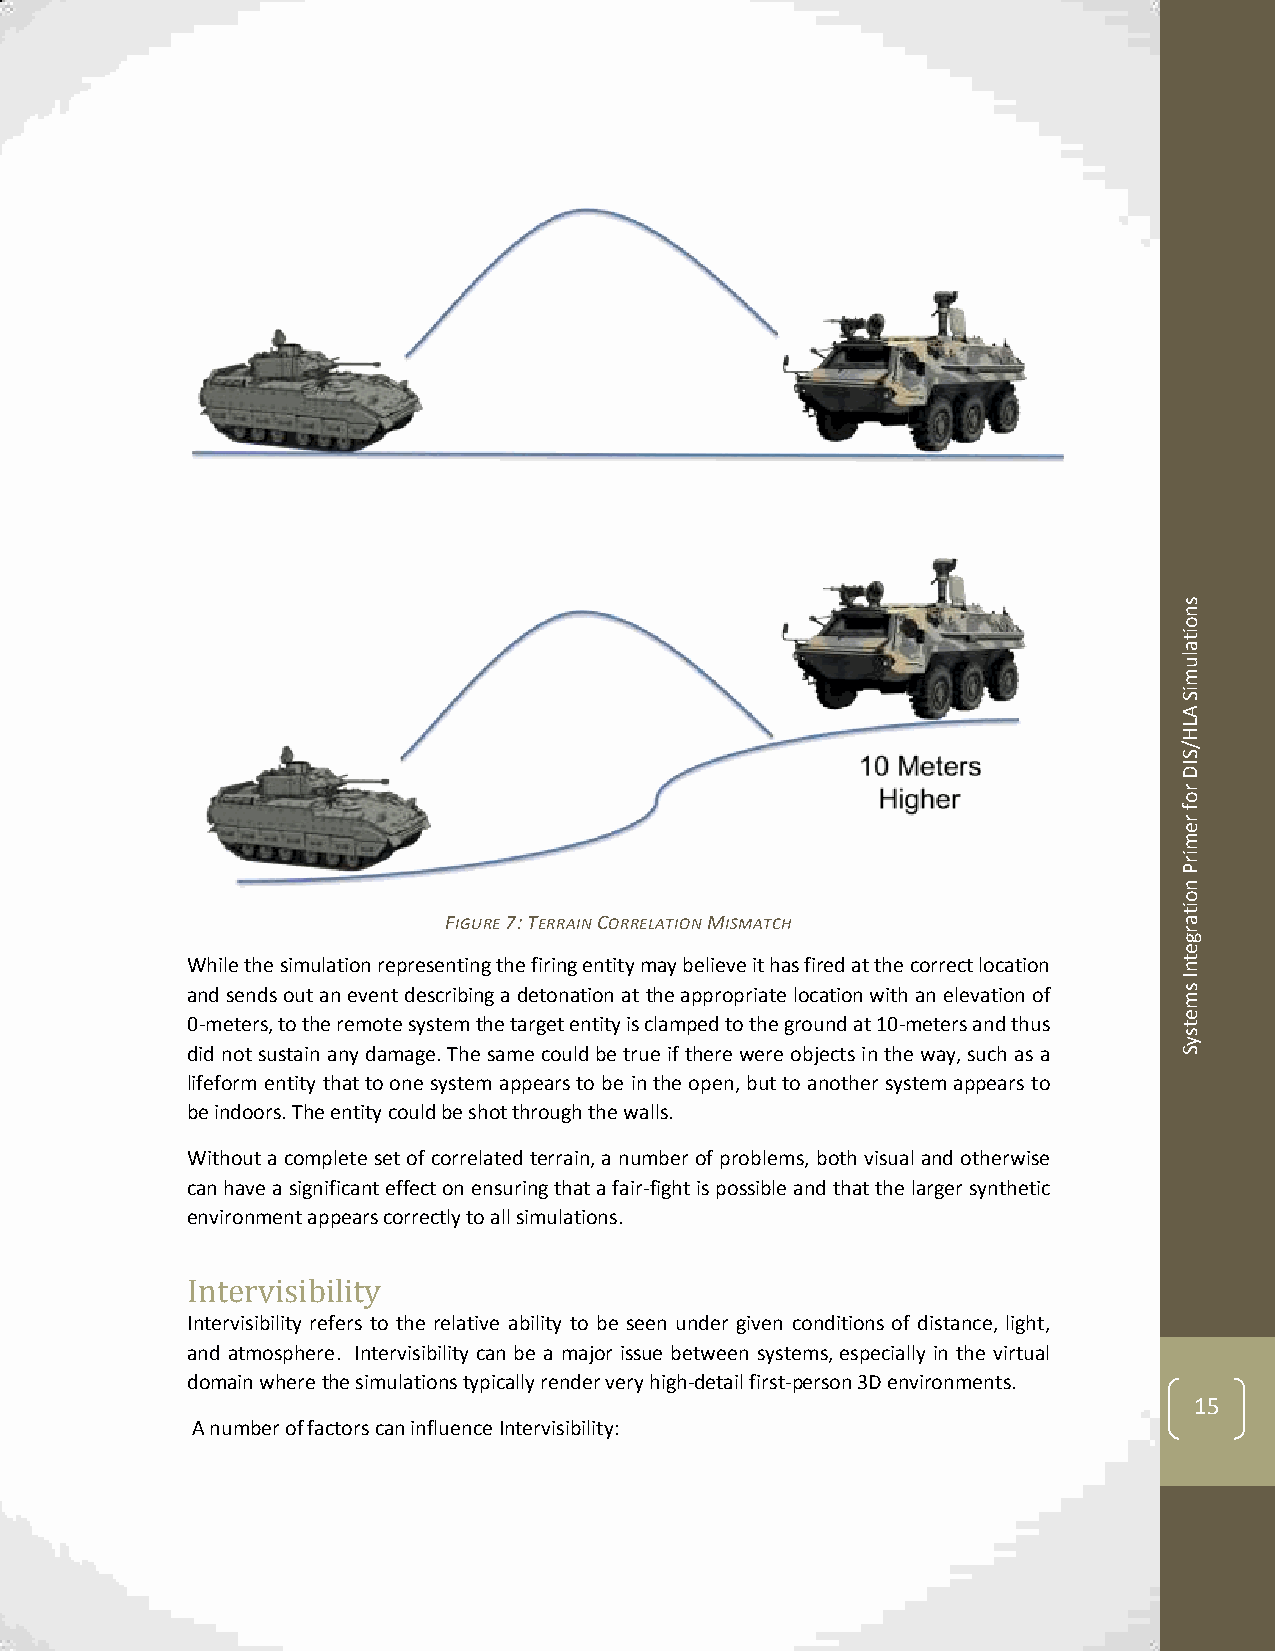
s
 n
 o
 it
 a
 lu
 m
 iS
 A
 L
 H
 /
 S
 ID
 r
 o
 f
 r
 e
 m
 ir
 P
 n
 o
 it
 FIGURE 7: TERRAIN CORRELATION MISMATCH           a
 r
 g
 e
 While the simulation representing the firing entity may believe it has fired at the correct location t n
 and sends out an event describing a detonation at the appropriate location with an elevation of
 I
 s m
 0-meters, to the remote system the target entity is clamped to the ground at 10-meters and thus e t
 s
 y
 did not sustain any damage. The same could be true if there were objects in the way, such as a S
 lifeform entity that to one system appears to be in the open, but to another system appears to
 be indoors. The entity could be shot through the walls.
 Without a complete set of correlated terrain, a number of problems, both visual and otherwise
 can have a significant effect on ensuring that a fair-fight is possible and that the larger synthetic
 environment appears correctly to all simulations.
 Intervisibility
 Intervisibility refers to the relative ability to be seen under given conditions of distance, light,
 and atmosphere. Intervisibility can be a major issue between systems, especially in the virtual
 domain where the simulations typically render very high-detail first-person 3D environments.
 15
 A number of factors can influence Intervisibility: